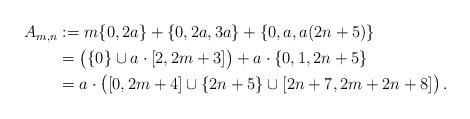
LaTeX: \begin{align*}\begin{aligned}A_{m,n} & := m\{0,2a\} + \{0,2a, 3a\} + \{0,a,a(2n+5)\} \\ & = \big( \{0\} \cup a \cdot [2, 2m+3] \big) + a \cdot \{0, 1, 2n+5\} \\ & = a \cdot \big( [0, 2m+4] \cup \{2n+5\} \cup [2n+7, 2m+2n+8] \big) \,.\end{aligned}\end{align*}